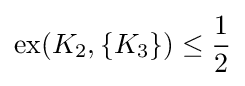
\mathrm {ex} (K_{2},\{K_{3}\})\leq {\frac {1}{2}}